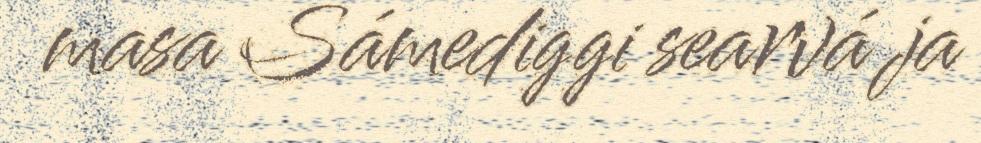
masa Sámediggi searvá ja